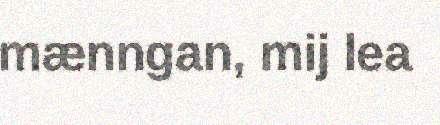
mænngan, mij lea